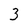
Character: 3